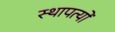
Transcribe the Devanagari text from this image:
स्थापत्यों